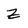
Character: z